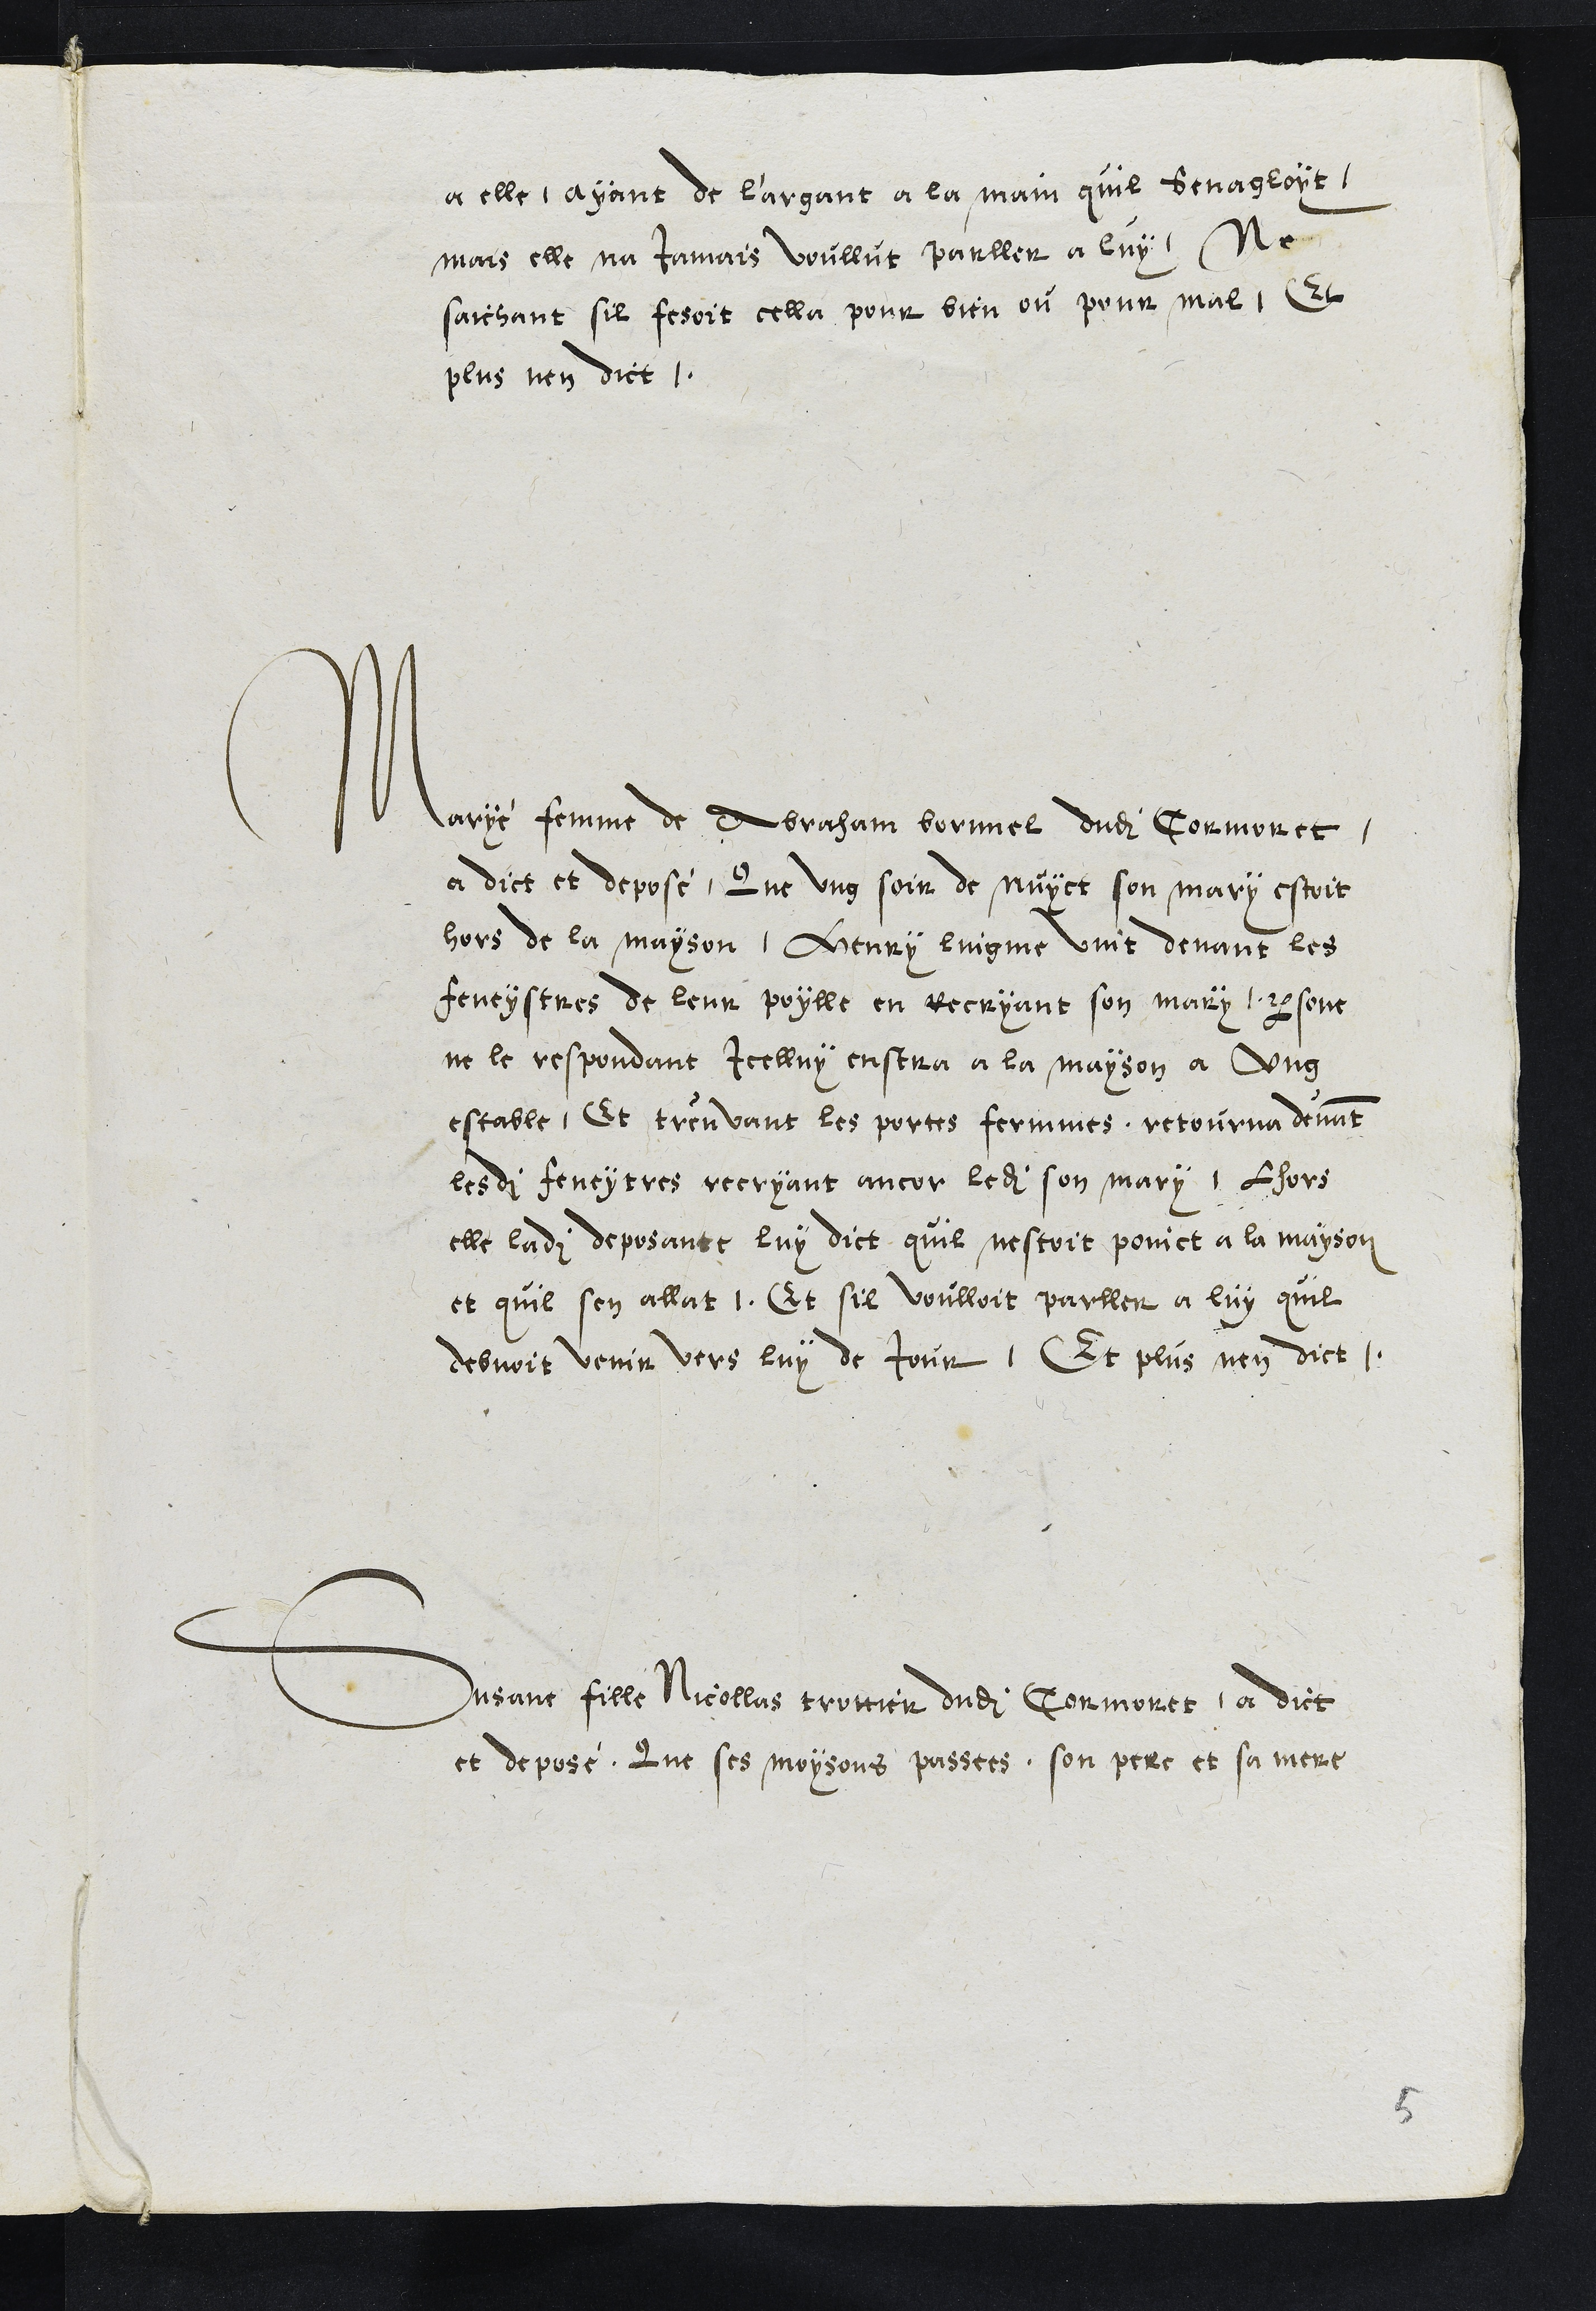
a elle, ayant de l'argant a la main quil senagloyt,
mais elle na Jamais voullut parller a luy, Ne
saichant sil fesoit cella pour bien ou pour mal, Et
plus nen dict.
Maryé femme de Abraham bornel dudit Cormoret
a dict et deposé, Que ung soir de nuyct son mary estoit
hors de la mayson, Henry lingme vint devant les
feneystres de leur poylle en recryant son mary, persone
ne le respondant icelluy enstra a la mayson a ung
estable, Et treuvant les portes fermmes, retourna devant
lesdites feneytres recryant ancor ledit son mary, lhors
elle ladite deposante luy dict quil nestoit poinct a la mayson
et quil sen allat. Et sil voulloit parller a luy quil
debvoit venir vers luy de Jour, Et plus nen dict.
Susane fille Nicollas trottier dudit Cormoret a dict
et deposé, Que ses moysons passees, son pere et se mere
5